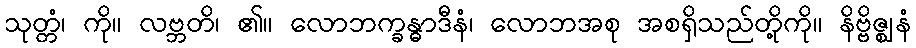
သုတ္တံ၊ ကို။ လဗ္ဘတိ၊ ၏။ လောဘက္ခန္ဓာဒီနံ၊ လောဘအစု အစရှိသည်တို့ကို။ နိဗ္ဗိဇ္ဈနံ